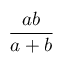
\frac { a b } { a + b }